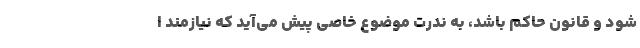
شود و قانون حاکم باشد، به ندرت موضوع خاصی پیش می‌آید که نیازمند ا